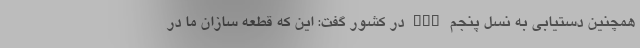
همچنین دستیابی به نسل پنجم ECU در کشور گفت: این که قطعه سازان ما در